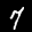
Label: 7